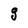
Character: g